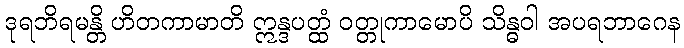
ဒုရဘိရမန္တိ ဟိတကာမာတိ ဣန္ဒပတ္ထံ ဝတ္တုကာမောပိ သိန္ဓဝါ အပရဘာဂေန